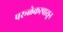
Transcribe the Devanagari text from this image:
परूळेकरपासून